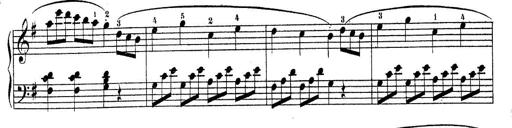
Title: Piano Sonatine No.2
Composer: Peter Piel
Key: G major